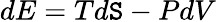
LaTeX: dE=Td\mathtt{S}-PdV